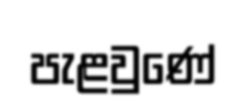
පැළවුණේ